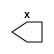
module a(x);
output x;
endmodule